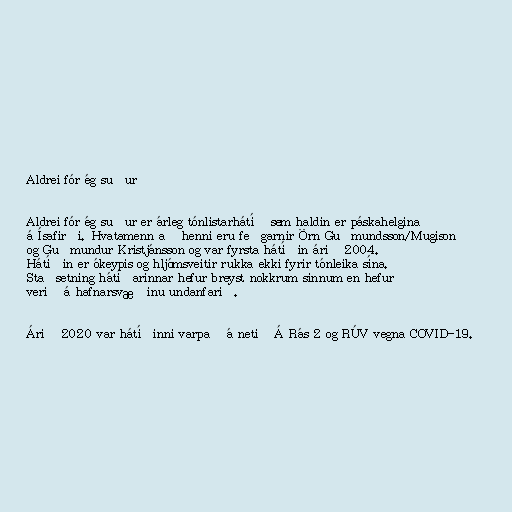
Aldrei fór ég suður

Aldrei fór ég suður er árleg tónlistarhátíð sem haldin er páskahelgina
á Ísafirði. Hvatamenn að henni eru feðgarnir Örn Guðmundsson/Mugison
og Guðmundur Kristjánsson og var fyrsta hátíðin árið 2004.
Hátíðin er ókeypis og hljómsveitir rukka ekki fyrir tónleika sína.
Staðsetning hátíðarinnar hefur breyst nokkrum sinnum en hefur
verið á hafnarsvæðinu undanfarið.

Árið 2020 var hátíðinni varpað á netið Á Rás 2 og RÚV vegna COVID-19.